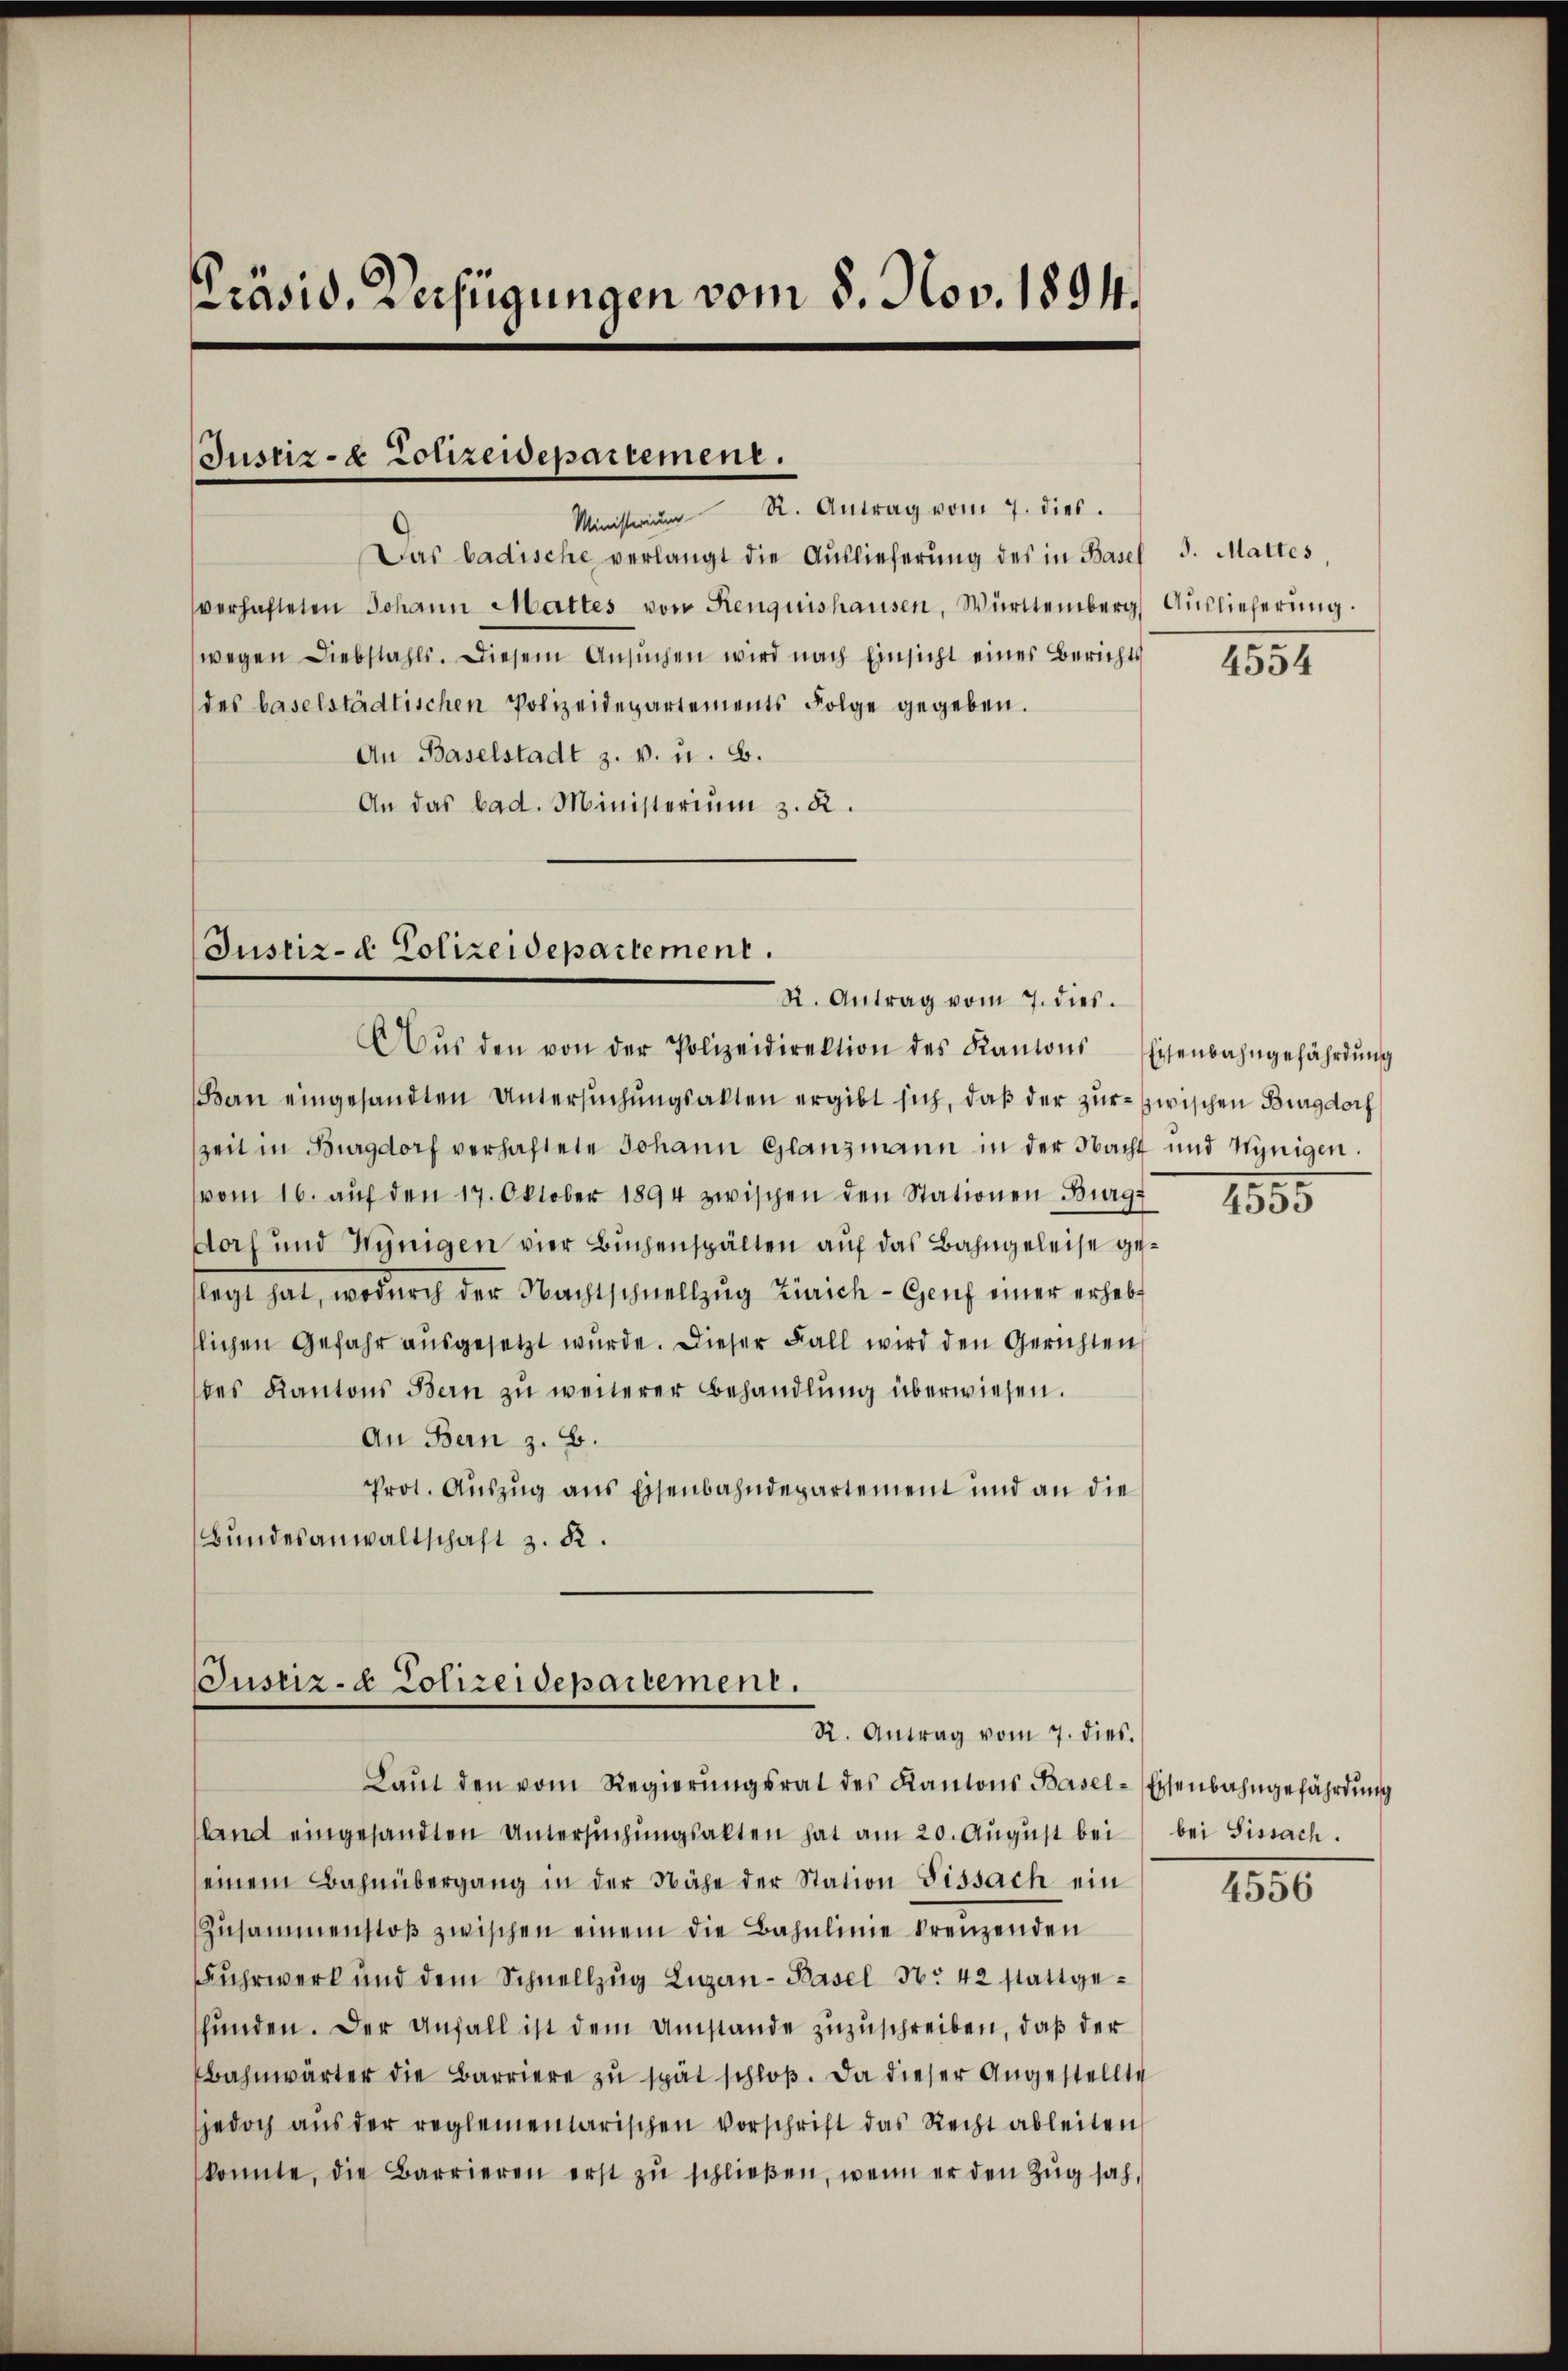
Präsid. Verfügungen vom 8. Nov. 1894.

Justiz- & Polizeidepartement.
Ministerium R. Antrag vom 7. dies.

Das badische verlangt die Aŭslieferŭng des in Basel 3. Mattes,
verhafteten Johann Mattes von Renquishausen, Württemberg, Auslieferung
wegen Liebstahls. Diesem Ansŭchen wird nach Einsicht eines Berichts
des baselstädtischen Polizeidepartements Folge gegeben.
An Baselstadt z. v. u. 6.
An das bad. Ministerium z. K.

Justiz- & Polizeidepartement.
St. Antrag vom 7. dies.

Justiz- & Polizeidepartement.
R. Antrag vom 7. dies.

Aŭs den von der Polizeidirektion des Kantons Eisenbahngefährdŭng
Bern eingesandten Untersuchungsakten ergibt sich, daß der zur zwischen Burgdorf
zeit in Burgdorf verhaftete Johann Glanzmann in der Nacht und hynigen.
(vom 16. aŭf den 17. Oktober 1894 zwischen den Stationen Burg-
Doch und Hünigen vier Buchenspalten auf das Bahngeleise gelegt hat, wodurch der Nachtschnellzug Zürich - Genf einer erhebt
lichen Gefahr ausgesetzt wurde. Dieser Fall wird den Gerichten
des Kantons Bern zu weiterer Behandlung überwiesen.
An Bern z. B.
Prot. Auszug aus Eisenbahndepartement und an die
Bŭndesanwaltschaft z. R.

Laŭt den vom Regierŭngsrat des Kantons Basel-Eisenbahngefährdung
sland eingesandten Untersuchungsalten hat am 20. August bei
seinem Bahnübergang in der Nähe der Station Fissach ein
Zŭsammenstoβ zwischen einem die Bahnlinie kreuzenden
Fuhrwerk und dem Schnellzŭg Luzern-Basel No 42 stattgehunden. Der Anfall ist dem Umstände zuzuschreiben, daß der
Bahnwärter die Barriere zŭ spät schloß. Da dieser Angestellte
jedoch aŭs der reglementarischen Vorschrift das Recht ableiten
konnte, die Barrieren erst zŭ schlieβen, wenn er den Zŭg sah,

4554

1355

bei Fissach.

4556